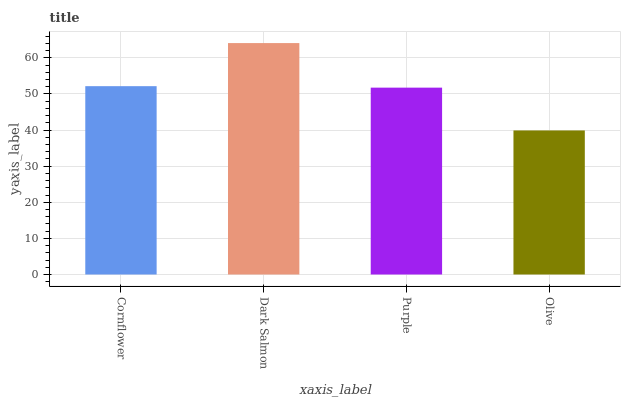
| xaxis_label | bars |
 | --- | --- |
 | Cornflower | 52.2 |
 | Dark Salmon | 64.1 |
 | Purple | 51.8 |
 | Olive | 39.9 |